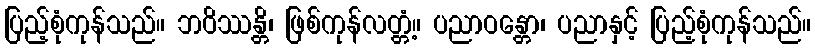
ပြည့်စုံကုန်သည်။ ဘဝိဿန္တိ၊ ဖြစ်ကုန်လတ္တံ့။ ပညာဝန္တော၊ ပညာနှင့် ပြည့်စုံကုန်သည်။